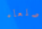
صلعاء